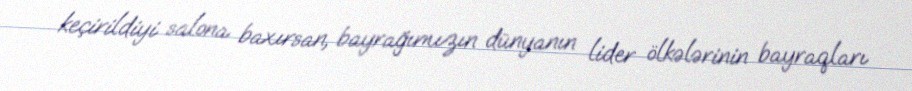
keçirildiyi salona baxırsan, bayrağımızın dünyanın lider ölkələrinin bayraqları